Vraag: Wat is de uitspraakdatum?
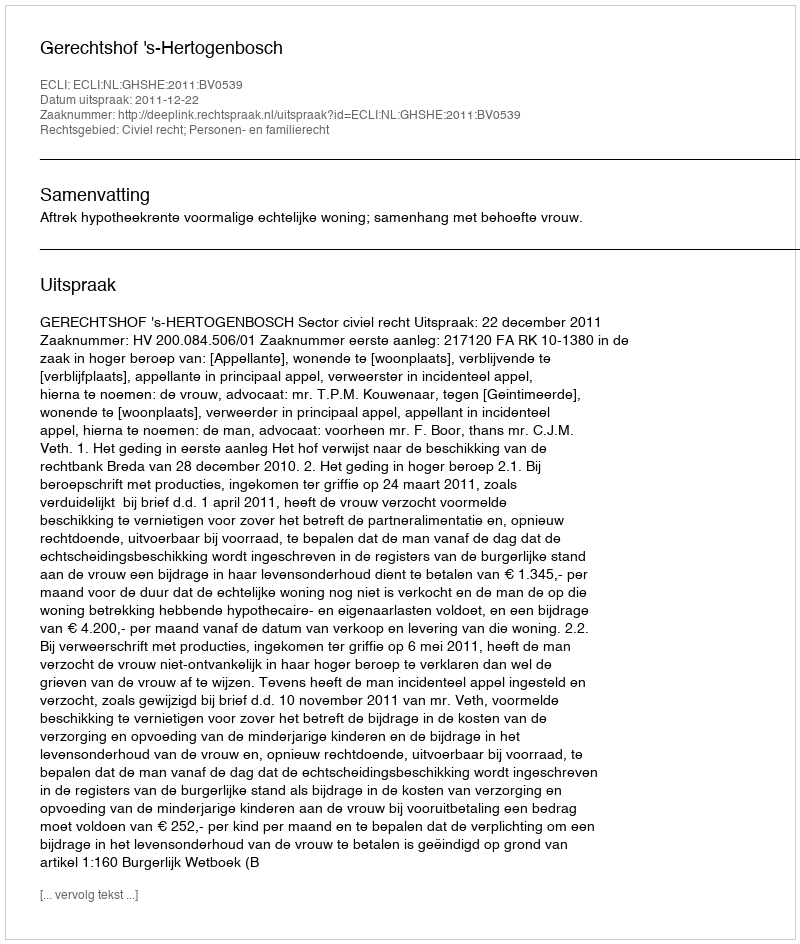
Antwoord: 2011-12-22